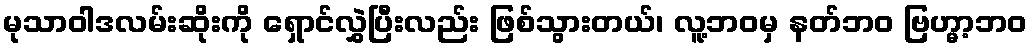
မုသာဝါဒလမ်းဆိုးကို ရှောင်လွှဲပြီးလည်း ဖြစ်သွားတယ်၊ လူ့ဘဝမှ နတ်ဘဝ ဗြဟ္မာ့ဘဝ